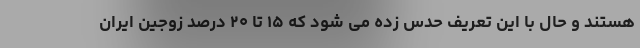
هستند و حال با این تعریف حدس زده می شود که ۱۵ تا ۲۰ درصد زوجین ایران